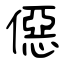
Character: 僫